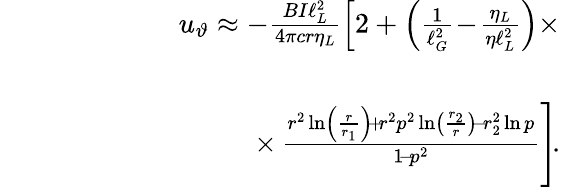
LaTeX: \begin{array}{rlr}&{}&{\! \! \! \! u_{\vartheta}\approx-\frac{BI\ell_{L}^{2}}{4\pi cr\eta_{L}}\left[2+\left(\frac{1}{\ell_{G}^{2}}\! -\! \frac{\eta_{L}}{\eta\ell_{L}^{2}}\right)\right.\times}\\ &{}&\\ &{}&{\qquad\qquad\qquad\quad\times\left.\frac{r^{2}\ln\left(\frac{r}{r_{1}}\right)\! +\! r^{2}p^{2}\ln\left(\frac{r_{2}}{r}\right)\! -\! r_{2}^{2}\ln p}{1\! -\! p^{2}}\right]\! .}\end{array}